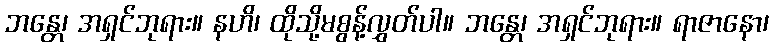
ဘန္တေ၊ အရှင်ဘုရား။ နဟိ၊ ထိုသို့မစွန့်လွှတ်ပါ။ ဘန္တေ၊ အရှင်ဘုရား။ ရာဇာနော၊